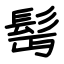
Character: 髩